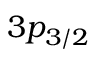
3 p _ { 3 / 2 }